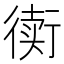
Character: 𲀟